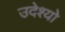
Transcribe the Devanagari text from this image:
उदेश्यो